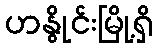
ဟနွိုင်းမြို့ရှိ